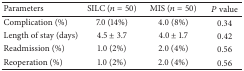
<table><thead><tr><td><b>Parameters</b></td><td><b>SILC (<i>n</i> = 50)</b></td><td><b>MIS (<i>n</i> = 50)</b></td><td><b><i>P</i> value</b></td></tr></thead><tbody><tr><td>Complication (%)</td><td>7.0 (14%)</td><td>4.0 (8%)</td><td>0.34</td></tr><tr><td>Length of stay (days)</td><td>4.5 ± 3.7</td><td>4.0 ± 1.7</td><td>0.42</td></tr><tr><td>Readmission (%)</td><td>1.0 (2%)</td><td>2.0 (4%)</td><td>0.56</td></tr><tr><td>Reoperation (%)</td><td>1.0 (2%)</td><td>2.0 (4%)</td><td>0.56</td></tr></tbody></table>